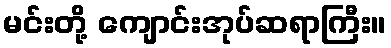
မင်းတို့ ကျောင်းအုပ်ဆရာကြီး။